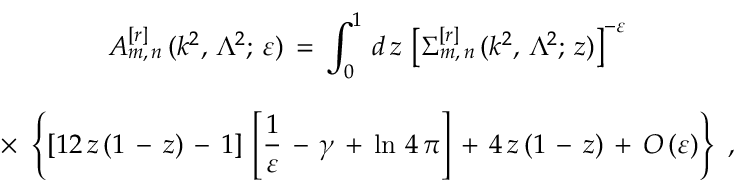
\begin{array} { c } { { \displaystyle { A _ { m , \, n } ^ { [ r ] } \, ( k ^ { 2 } , \, \Lambda ^ { 2 } ; \, \varepsilon ) \, = \, \int _ { 0 } ^ { 1 } \, d \, z \, \left[ \Sigma _ { m , \, n } ^ { [ r ] } \, ( k ^ { 2 } , \, \Lambda ^ { 2 } ; \, z ) \right] ^ { - \varepsilon } } } } \\ { { \mathrm { } } } \\ { { \displaystyle { \times \, \, \left\{ [ 1 2 \, z \, ( 1 \, - \, z ) \, - \, 1 ] \, \left[ \frac { 1 } { \varepsilon } \, - \, \gamma \, + \, \ln \, 4 \, \pi \right] \, + \, 4 \, z \, ( 1 \, - \, z ) \, + \, O \, ( \varepsilon ) \right\} \, \, , } } } \end{array}